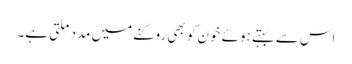
اس سے بہتے ہوئے خون کو بھی روکنے میں مدد ملتی ہے۔